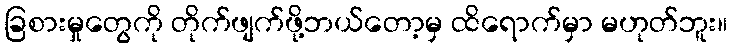
ခြစားမှုတွေကို တိုက်ဖျက်ဖို့ဘယ်တော့မှ ထိရောက်မှာ မဟုတ်ဘူး။